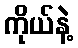
ကိုယ်နဲ့